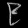
Digit: ၉